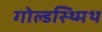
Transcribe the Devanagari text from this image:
गोल्डस्थ्मिथ